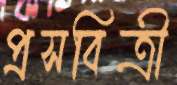
প্রসবিত্রী